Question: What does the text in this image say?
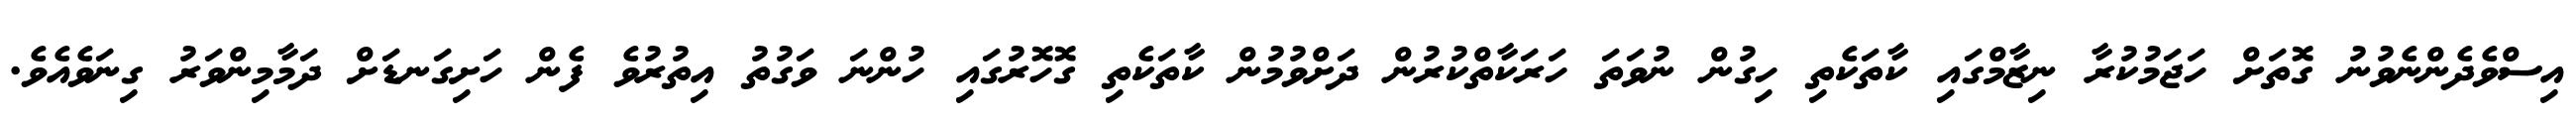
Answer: އިސްވެދެންނެވުނު ގޮތަށް ހަޖަމުކުރާ ނިޒާމްގައި ކާތަކެތި ހިގުން ނުވަތަ ހަރަކާތްކުރުން ދަށްވުމުން ކާތަކެތި ގޮހޮރުގައި ހުންނަ ވަގުތު އިތުރުވެ ފެން ހަށިގަނޑަށް ދަމާމިންވަރު ގިނަވެއެވެ.